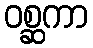
ဝစ္ဆကာ